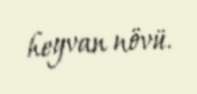
heyvan növü.